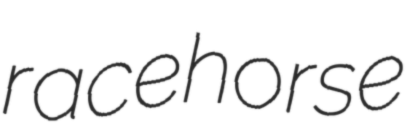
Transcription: racehorse